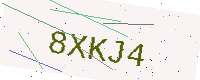
Text: 8XKJ4